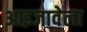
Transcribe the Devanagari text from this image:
आइजावेला